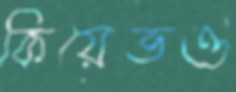
কিয়েভও